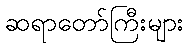
ဆရာတော်ကြီးများ